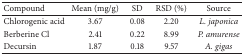
<table><thead><tr><td><b>Compound</b></td><td><b>Mean (mg/g)</b></td><td><b>SD</b></td><td><b>RSD (%)</b></td><td><b>Source</b></td></tr></thead><tbody><tr><td>Chlorogenic acid</td><td>3.67</td><td>0.08</td><td>2.20</td><td><i>L. japonica</i></td></tr><tr><td>Berberine Cl</td><td>2.41</td><td>0.22</td><td>8.99</td><td><i>P. amurense</i></td></tr><tr><td>Decursin</td><td>1.87</td><td>0.18</td><td>9.57</td><td><i>A. gigas</i></td></tr></tbody></table>